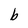
Character: b